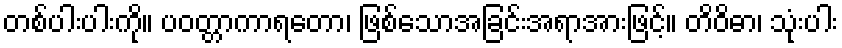
တစ်ပါးပါးကို။ ပဝတ္တာကာရတော၊ ဖြစ်သောအခြင်းအရာအားဖြင့်။ တိဝိဓာ၊ သုံးပါး